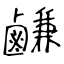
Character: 鹻